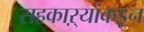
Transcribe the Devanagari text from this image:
सहकाऱ्यांकडून